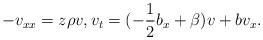
LaTeX: \begin{align*}-v_{xx}=z\rho v, v_t=(-\frac12 b_x+\beta)v+bv_x. \end{align*}